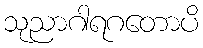
သုညာဂါရဂတောပိ